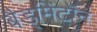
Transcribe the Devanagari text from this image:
बैड्मिंटॉन